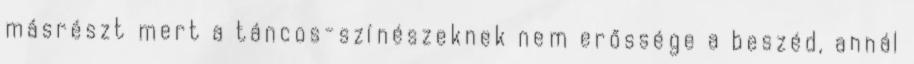
másrészt mert a táncos-színészeknek nem erőssége a beszéd, annál